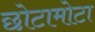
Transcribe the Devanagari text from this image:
छोटामोटा